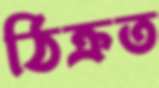
ঠিক্‌রত